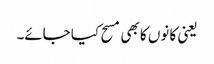
یعنی کا نوں کا بھی مسح کیا جائے۔